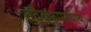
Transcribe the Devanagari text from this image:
सदैकरूपरूपाय